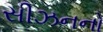
સીઝનનો